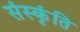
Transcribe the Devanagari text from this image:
संस्कृंति